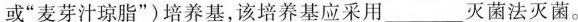
或”麦芽汁琼脂”)培养基，该培养基应采用___灭菌法灭菌。